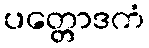
ပတ္တောဒကံ